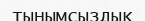
тынымсыздық